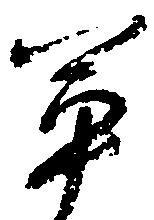
軍